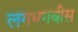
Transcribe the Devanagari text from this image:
लगभगबीस